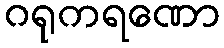
ဂရုကရဏော